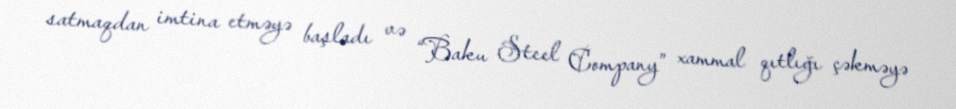
satmaqdan imtina etməyə başladı və “Baku Steel Company” xammal qıtlığı çəkməyə